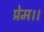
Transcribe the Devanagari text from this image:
प्रेम।।